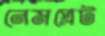
নেমপ্লেট